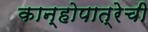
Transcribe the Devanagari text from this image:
कान्होपात्रेची